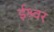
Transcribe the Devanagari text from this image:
ईश्र्वर